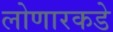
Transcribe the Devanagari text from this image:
लोणारकडे